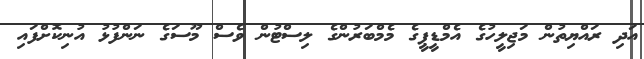
އަދި ރައްޔިތުން މަޖިލީހުގެ އެމްޑީޕީގެ މެމްބަރުންގެ ލިސްޓުން ވެސް މޫސަގެ ނަންފުޅު އުނިކޮށްފައި